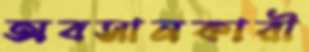
অবসানকারী